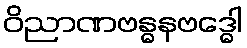
ဝိညာဏဗန္ဓနဗဒ္ဓေါ